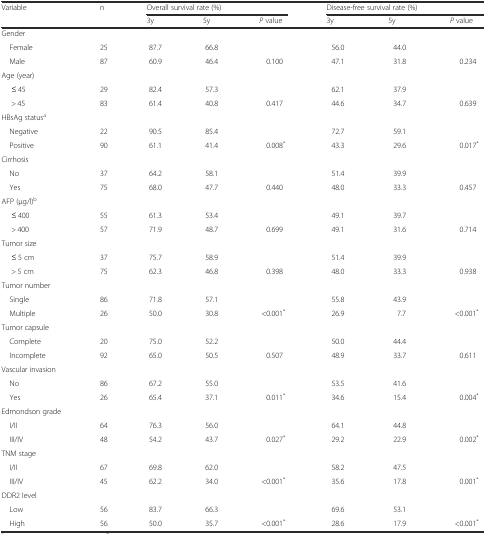
<table><thead><tr><td rowspan="2"><b>Variable</b></td><td rowspan="2"><b>n</b></td><td colspan="3"><b>Overall survival rate (%)</b></td><td colspan="3"><b>Disease-free survival rate (%)</b></td></tr><tr><td><b>3y</b></td><td><b>5y</b></td><td><b><i>P</i> value</b></td><td><b>3y</b></td><td><b>5y</b></td><td><b><i>P</i> value</b></td></tr></thead><tbody><tr><td>Gender</td><td></td><td></td><td></td><td></td><td></td><td></td><td></td></tr><tr><td> Female</td><td>25</td><td>87.7</td><td>66.8</td><td></td><td>56.0</td><td>44.0</td><td></td></tr><tr><td> Male</td><td>87</td><td>60.9</td><td>46.4</td><td>0.100</td><td>47.1</td><td>31.8</td><td>0.234</td></tr><tr><td>Age (year)</td><td></td><td></td><td></td><td></td><td></td><td></td><td></td></tr><tr><td>≤ 45</td><td>29</td><td>82.4</td><td>57.3</td><td></td><td>62.1</td><td>37.9</td><td></td></tr><tr><td>&gt; 45</td><td>83</td><td>61.4</td><td>40.8</td><td>0.417</td><td>44.6</td><td>34.7</td><td>0.639</td></tr><tr><td>HBsAg status<sup>a</sup></td><td></td><td></td><td></td><td></td><td></td><td></td><td></td></tr><tr><td> Negative</td><td>22</td><td>90.5</td><td>85.4</td><td></td><td>72.7</td><td>59.1</td><td></td></tr><tr><td> Positive</td><td>90</td><td>61.1</td><td>41.4</td><td>0.008<sup>*</sup></td><td>43.3</td><td>29.6</td><td>0.017<sup>*</sup></td></tr><tr><td>Cirrhosis</td><td></td><td></td><td></td><td></td><td></td><td></td><td></td></tr><tr><td> No</td><td>37</td><td>64.2</td><td>58.1</td><td></td><td>51.4</td><td>39.9</td><td></td></tr><tr><td> Yes</td><td>75</td><td>68.0</td><td>47.7</td><td>0.440</td><td>48.0</td><td>33.3</td><td>0.457</td></tr><tr><td>AFP (μg/l)<sup>b</sup></td><td></td><td></td><td></td><td></td><td></td><td></td><td></td></tr><tr><td>≤ 400</td><td>55</td><td>61.3</td><td>53.4</td><td></td><td>49.1</td><td>39.7</td><td></td></tr><tr><td>&gt; 400</td><td>57</td><td>71.9</td><td>48.7</td><td>0.699</td><td>49.1</td><td>31.6</td><td>0.714</td></tr><tr><td>Tumor size</td><td></td><td></td><td></td><td></td><td></td><td></td><td></td></tr><tr><td>≤ 5 cm</td><td>37</td><td>75.7</td><td>58.9</td><td></td><td>51.4</td><td>39.9</td><td></td></tr><tr><td>&gt; 5 cm</td><td>75</td><td>62.3</td><td>46.8</td><td>0.398</td><td>48.0</td><td>33.3</td><td>0.938</td></tr><tr><td>Tumor number</td><td></td><td></td><td></td><td></td><td></td><td></td><td></td></tr><tr><td> Single</td><td>86</td><td>71.8</td><td>57.1</td><td></td><td>55.8</td><td>43.9</td><td></td></tr><tr><td> Multiple</td><td>26</td><td>50.0</td><td>30.8</td><td>&lt;0.001<sup>*</sup></td><td>26.9</td><td>7.7</td><td>&lt;0.001<sup>*</sup></td></tr><tr><td>Tumor capsule</td><td></td><td></td><td></td><td></td><td></td><td></td><td></td></tr><tr><td> Complete</td><td>20</td><td>75.0</td><td>52.2</td><td></td><td>50.0</td><td>44.4</td><td></td></tr><tr><td> Incomplete</td><td>92</td><td>65.0</td><td>50.5</td><td>0.507</td><td>48.9</td><td>33.7</td><td>0.611</td></tr><tr><td>Vascular invasion</td><td></td><td></td><td></td><td></td><td></td><td></td><td></td></tr><tr><td> No</td><td>86</td><td>67.2</td><td>55.0</td><td></td><td>53.5</td><td>41.6</td><td></td></tr><tr><td> Yes</td><td>26</td><td>65.4</td><td>37.1</td><td>0.011<sup>*</sup></td><td>34.6</td><td>15.4</td><td>0.004<sup>*</sup></td></tr><tr><td>Edmondson grade</td><td></td><td></td><td></td><td></td><td></td><td></td><td></td></tr><tr><td> I/II</td><td>64</td><td>76.3</td><td>56.0</td><td></td><td>64.1</td><td>44.8</td><td></td></tr><tr><td> III/IV</td><td>48</td><td>54.2</td><td>43.7</td><td>0.027<sup>*</sup></td><td>29.2</td><td>22.9</td><td>0.002<sup>*</sup></td></tr><tr><td>TNM stage</td><td></td><td></td><td></td><td></td><td></td><td></td><td></td></tr><tr><td> I/II</td><td>67</td><td>69.8</td><td>62.0</td><td></td><td>58.2</td><td>47.5</td><td></td></tr><tr><td> III/IV</td><td>45</td><td>62.2</td><td>34.0</td><td>&lt;0.001<sup>*</sup></td><td>35.6</td><td>17.8</td><td>0.001<sup>*</sup></td></tr><tr><td>DDR2 level</td><td></td><td></td><td></td><td></td><td></td><td></td><td></td></tr><tr><td> Low</td><td>56</td><td>83.7</td><td>66.3</td><td></td><td>69.6</td><td>53.1</td><td></td></tr><tr><td> High</td><td>56</td><td>50.0</td><td>35.7</td><td>&lt;0.001<sup>*</sup></td><td>28.6</td><td>17.9</td><td>&lt;0.001<sup>*</sup></td></tr></tbody></table>